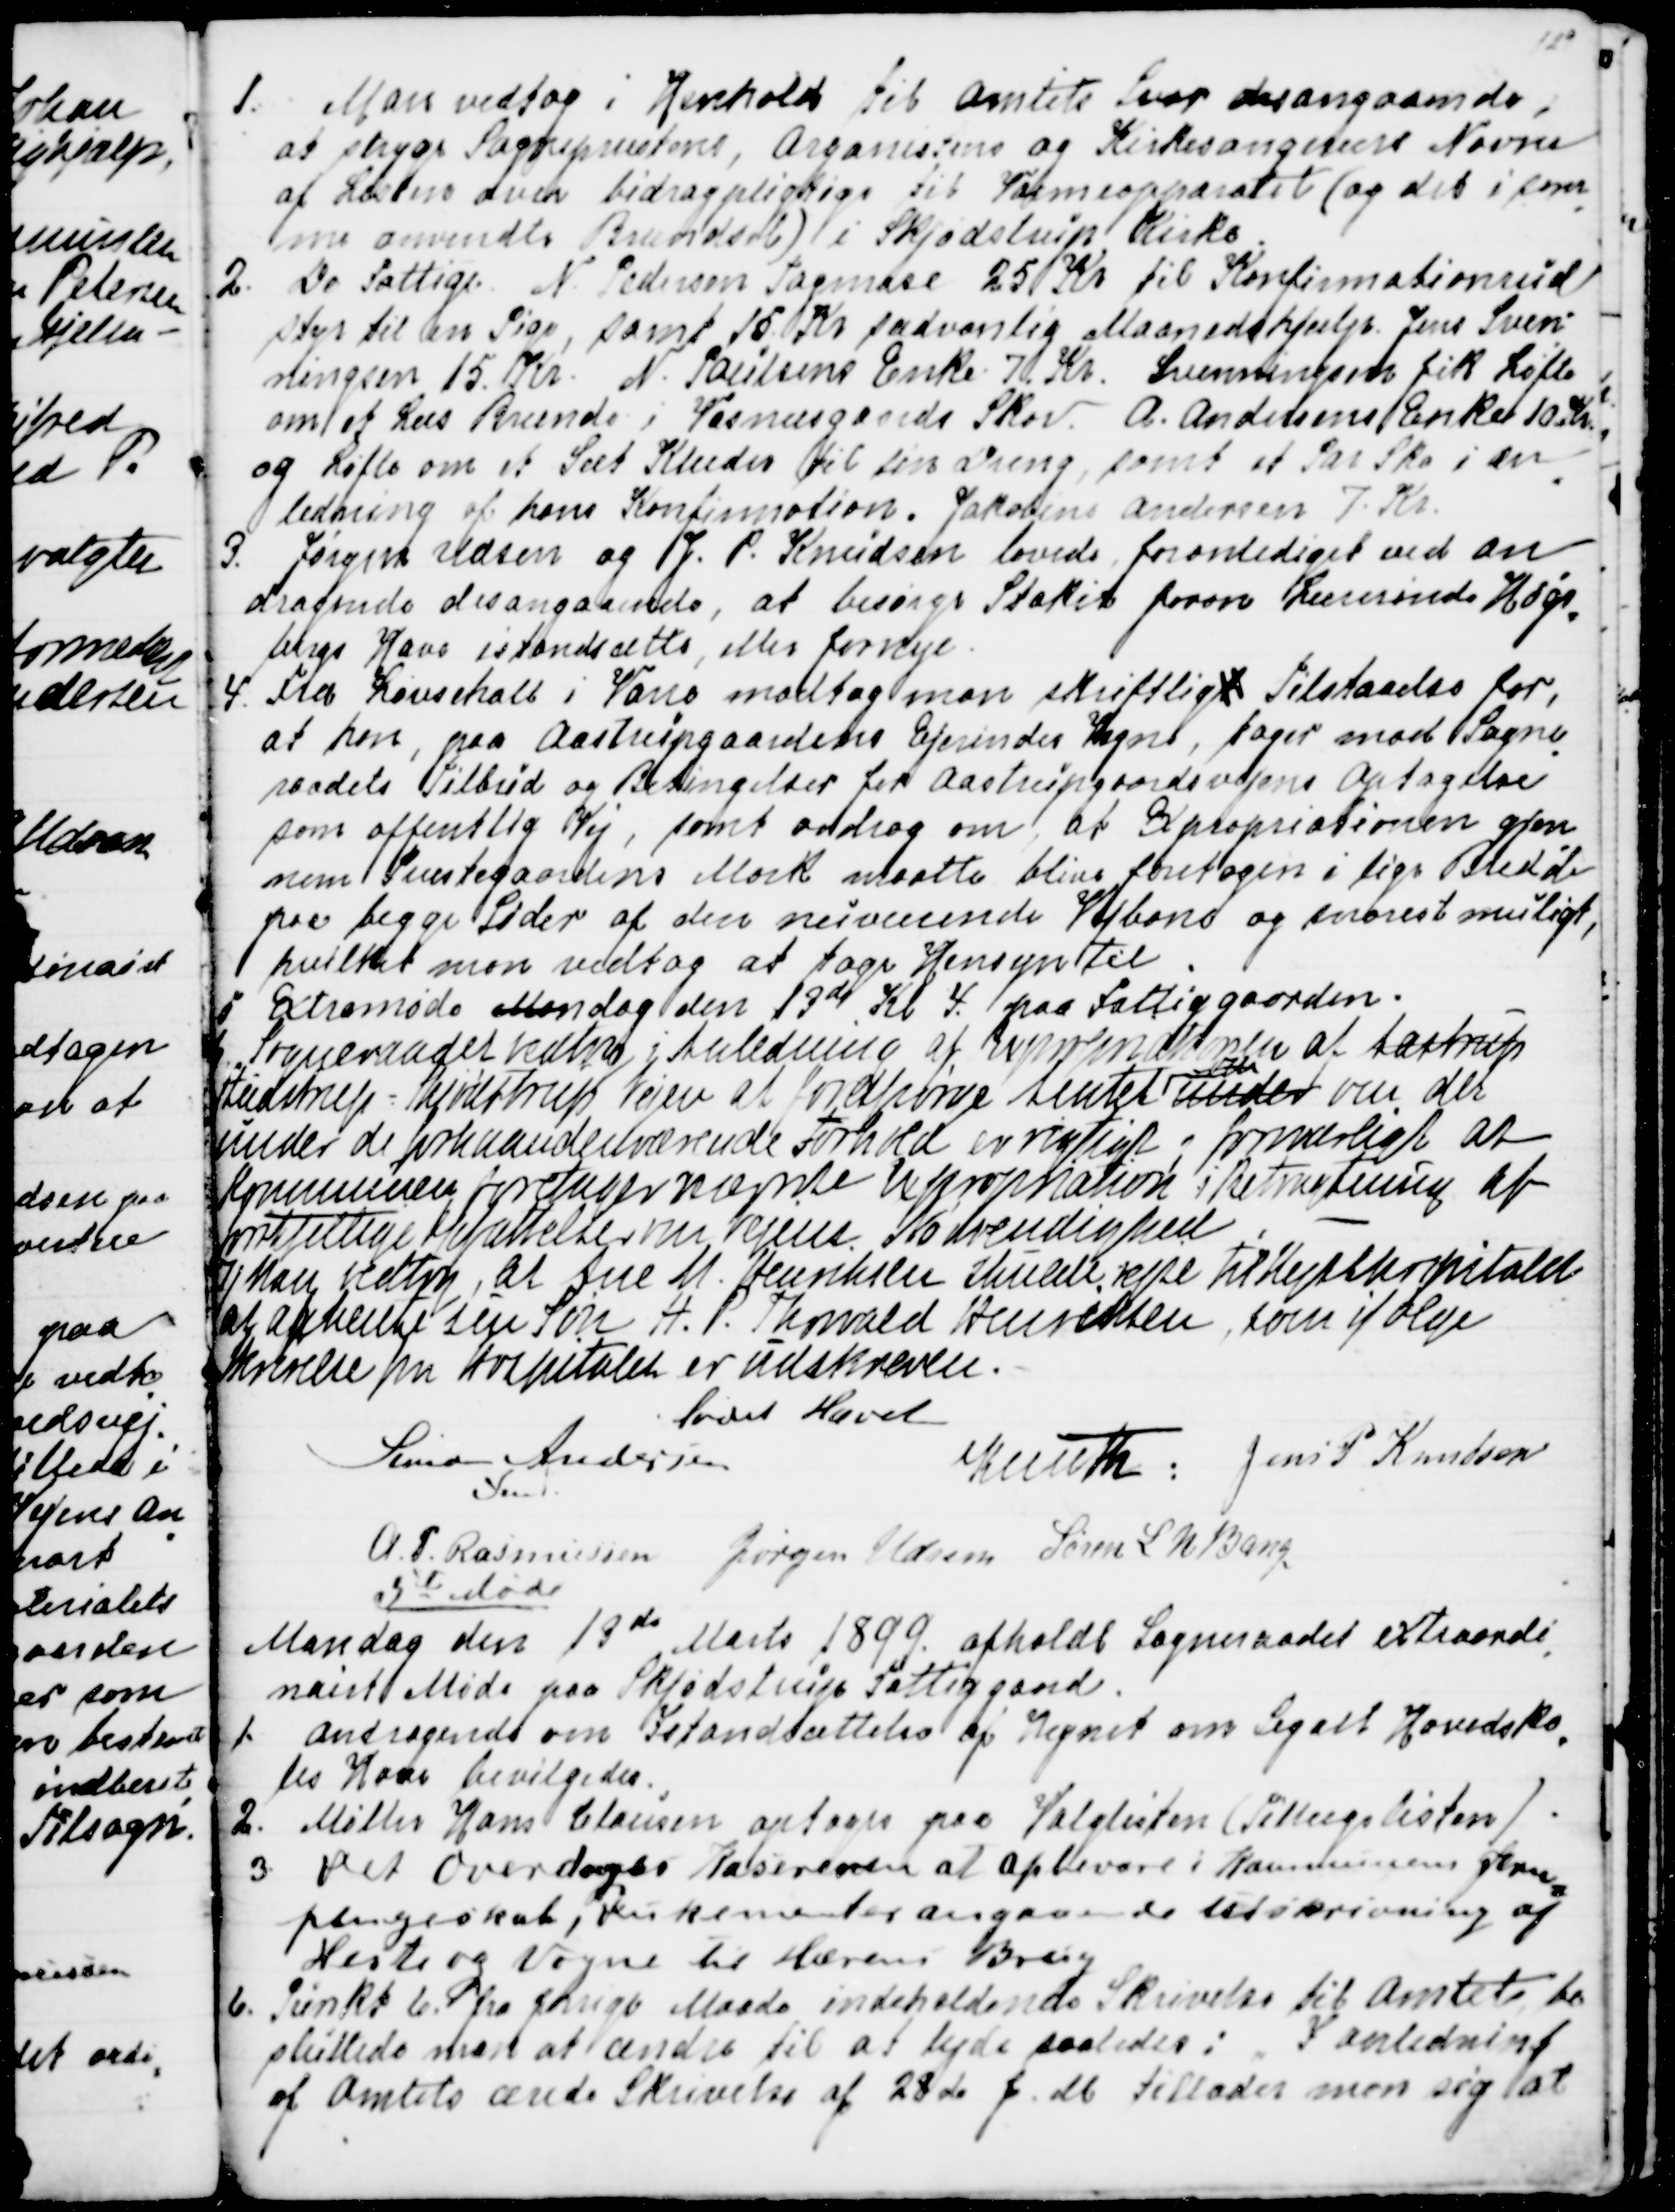
Transskription:
1. Man vedtog i Henhold til Amtets Svar desangaaende,
at stryge Sognepræstens, Organistens og Kirkesangerens Navne
af Listen over bidragspligtige til Varmeapparatet (og det i sam
=
me anvendte Brændsel) i Skjødstrup Kirke.
2. De Fattige. N. Pedersen Tagmose 25 Kr til Konfirmationsud
=
styr til en Pige, samt 15. Kr sædvanlig Maanedshjælp. Jens Sven
=
ningsen 15. Kr. N. Poulsens Enke 7. Kr. Svenningsen fik Løfte 
om et Læs Brænde i Vosnæsgaards Skov.  A. Andersens Enke 10 kr
og Løfte om et Sæt Klæder til sin Dreng, samt et Par Sko i an
=
ledning af hans Konfirmation. Jakobine Andersen 7 Kr.
3. Jørgen Udsen og J. P. Knudsen lovede foranlediget ved an
=
dragende desangaaende, at besørge Stakit foran Lærerinde Høgs
=
bergs Have istandsætts, eller fornys.
4. Fra Løvschall i Vorre modtog man skriftligt Tilstaaelse for,
at han, paa Aastrupgaardens Ejerindes Vegne, tager mod Sogne
=
raadets Tilbud og Betingelser for Aastrupgaardsvejens Optagelse
som offentlig Vej, samt androg om at Expropriationen gjen
=
nem Præstegaardens Mark maatte blive foretagen i lige Bredde
paa begge Sider af den nuværende Vejbane og snarest muligt,
hvilket man vedtog at tage Hensyn til.
5 Extramøde Mandag den 13de Kl. 4 paa Fattiggaarden.
6 Sogneraadet vedtog i Anledning af Expropriationen af Aastrup
Studstrup - Skjødstrup Vejen at forespørge Amtet under 
om
om det
under de forhaandenværende Forhold er rigtigt og forsvarligt at
Kommunen foretager nævnte Expropriation i Betragtning af
forskjellige Opfattelser om Vejens Nødvendighed.
7) Man vedtog, at Ane M. Henriksen skulde rejse til Kysthospitalet
og afhente sin Søn H. P. Thorvald Henriksen, som ifølge
Skrivelse fra Hospitalet er udskreven.
Mødet Hævet
Simon Andersen
Fmd.
Knuth 
Jens P Knudsen
A. P. Rasmussen
Jørgen Udsen
Søren L. N. Bang

3de Møde
Mandag den 13de Marts 1899 afholdt Sogneraadet extraordi
=
nairt Møde paa Skjødstrup Fattiggaard.
1. Andragende om Istandsættelse af Hegnet om Segalt Hovedsko
=
les Have bevilgedes.
2. Møller Hans Clausen optoges paa Valglisten (Tillægslisten)
3. Det overdroges Kasereren at opbevare i Kommunens Jern
=
pengeskab, Dukementer angaaende Udskrivning af
Heste og Vogne til Hærens Brug.
6. Punkt 6. fra forrige Maade indeholdende Skrivelse til Amtet be
sluttede man at ændre til at lyde saaledes: I anledning
af Amtets ærede Skrivelse af 28de f.M. tillader man sig at